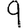
Digit: 9